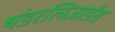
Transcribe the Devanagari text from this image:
थंडरलिज़ार्डस